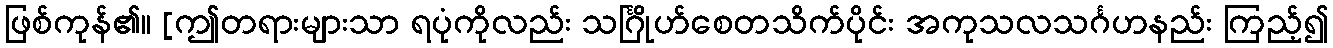
ဖြစ်ကုန်၏။ [ဤတရားများသာ ရပုံကိုလည်း သင်္ဂြိုဟ်စေတသိက်ပိုင်း အကုသလသင်္ဂဟနည်း ကြည့်၍